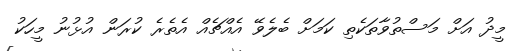
މީދު އަށް މަސްތުވާތަކެތި ކަމަށް ބެލެވޭ އެއްޗެއް އެތެރެ ކުރަން އުޅުނު މީހަކު